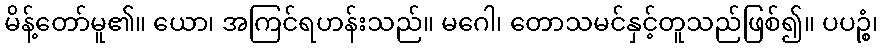
မိန့်တော်မူ၏။ ယော၊ အကြင်ရဟန်းသည်။ မဂေါ၊ တောသမင်နှင့်တူသည်ဖြစ်၍။ ပပဉ္စံ၊